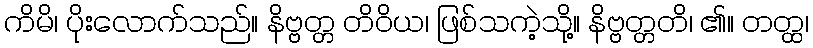
ကိမိ၊ ပိုးလောက်သည်။ နိဗ္ဗတ္တ တိဝိယ၊ ဖြစ်သကဲ့သို့။ နိဗ္ဗတ္တတိ၊ ၏။ တတ္ထ၊